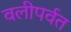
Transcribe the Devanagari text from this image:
वलीपर्वत